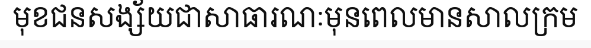
មុខជនសង្ស័យជាសាធារណៈមុនពេលមានសាលក្រម